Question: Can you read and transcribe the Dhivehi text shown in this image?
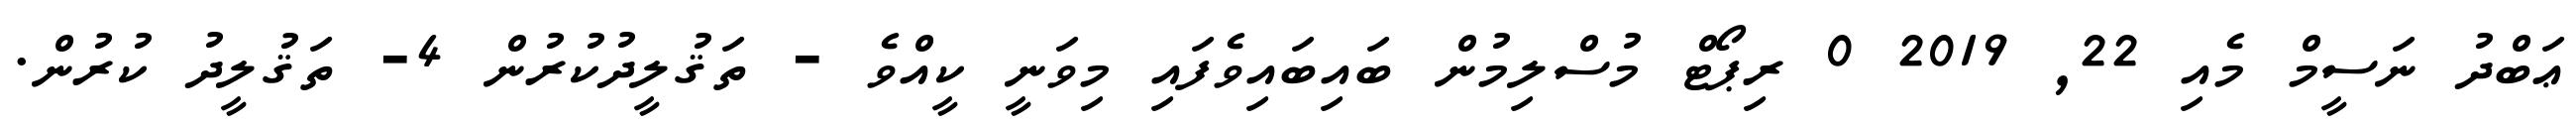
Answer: ޢަބްދު ނަސީމް މެއި 22, 2019 0 ރިޕޯޓް މުސްލިމުން ބައިބައިވެފައި މިވަނީ ކީއްވެ - ތަޤުލީދުކުރުން 4- ތަޤުލީދު ކުރުން.